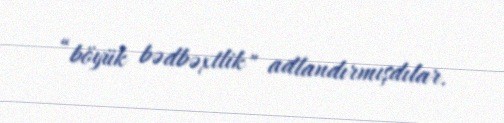
“böyük bədbəxtlik" adlandırmışdılar.